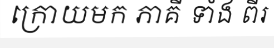
ក្រោយមក ភាគី ទាំង ពីរ